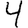
Digit: 4